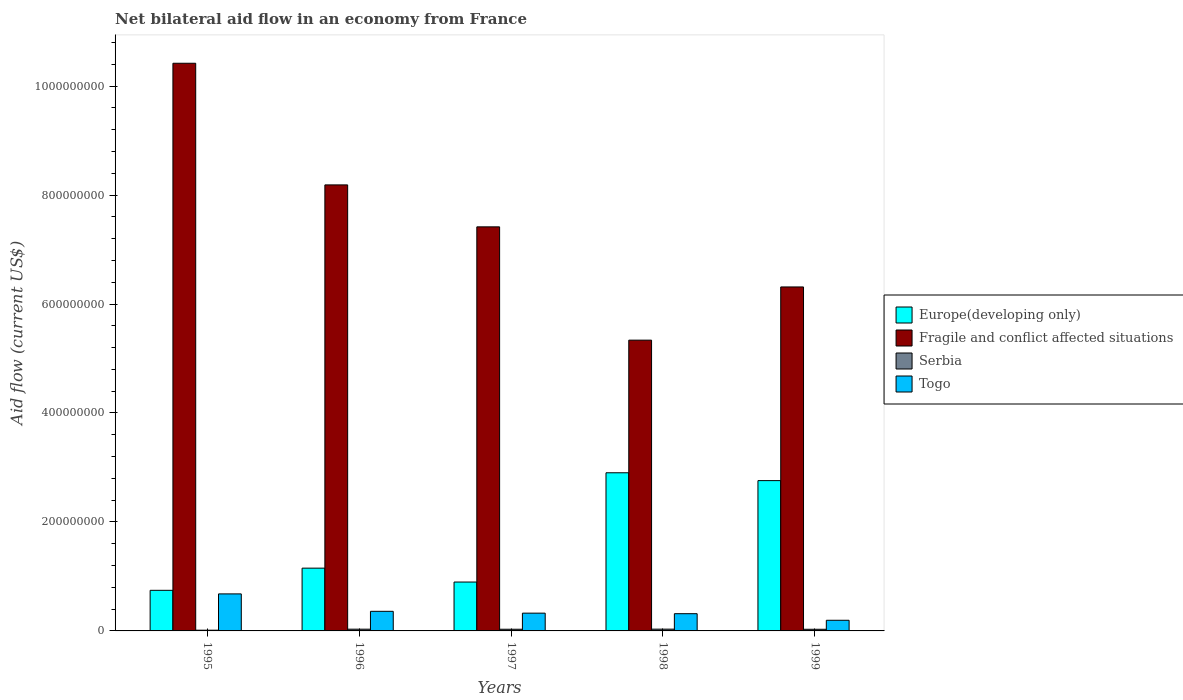
| Years | Europe(developing only) | Fragile and conflict affected situations | Serbia | Togo |
 | --- | --- | --- | --- | --- |
 | 1995 | 7.45e+07 | 1.04e+09 | 1.33e+06 | 6.8e+07 |
 | 1996 | 1.15e+08 | 8.19e+08 | 3.19e+06 | 3.6e+07 |
 | 1997 | 8.97e+07 | 7.42e+08 | 3.08e+06 | 3.26e+07 |
 | 1998 | 2.9e+08 | 5.34e+08 | 3.24e+06 | 3.16e+07 |
 | 1999 | 2.76e+08 | 6.31e+08 | 3.01e+06 | 1.95e+07 |